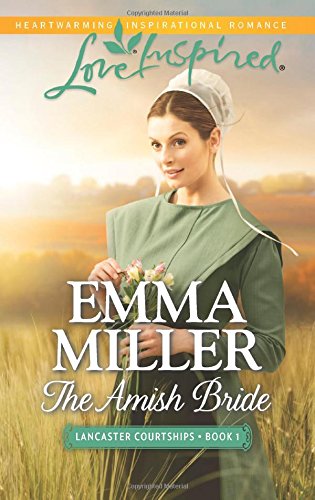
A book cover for The Amish Bride (Lancaster Courtships); Emma Miller; Romance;